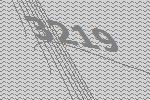
3219